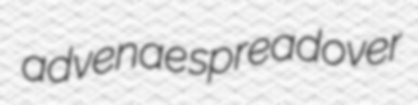
advenae spreadover